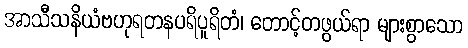
အာသီသနိယံဗဟုရတနပရိပူရိတံ၊ တောင့်တဖွယ်ရာ များစွာသော